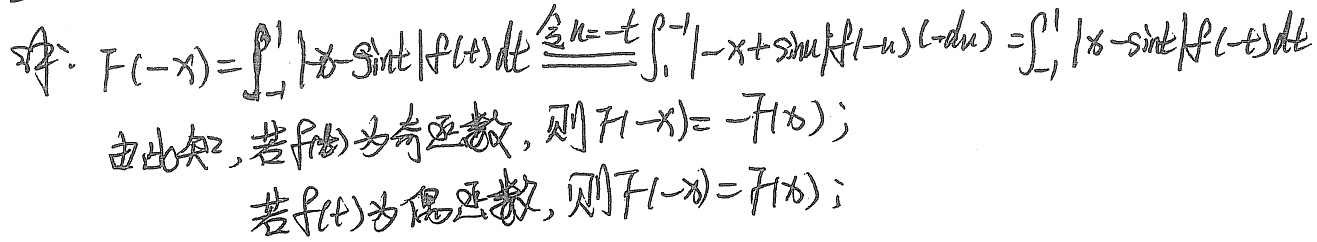
解：
\[
F(-x)=\int_{-1}^{1}| - x-\sin t|f(t)dt\stackrel{\text{令}u = - t}{=}\int_{1}^{-1}|-x+\sin u|f(-u)(-du)=\int_{-1}^{1}|x - \sin t|f(-t)dt
\]
由此知，若\(f(t)\)为奇函数，则\(F(-x)= - F(x)\)；若\(f(t)\)为偶函数，则\(F(-x)=F(x)\)。